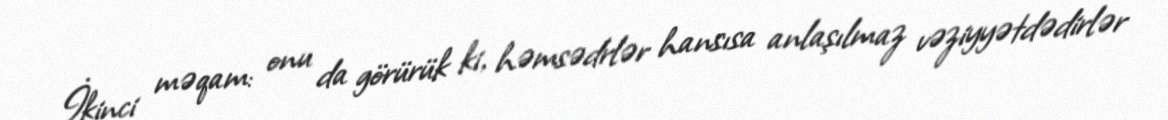
İkinci məqam: onu da görürük ki, həmsədrlər hansısa anlaşılmaz vəziyyətdədirlər